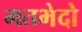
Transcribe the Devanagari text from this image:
मतभेदो